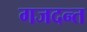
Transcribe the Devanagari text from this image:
गजदन्त